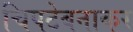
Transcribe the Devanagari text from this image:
चिपटेबनाकर